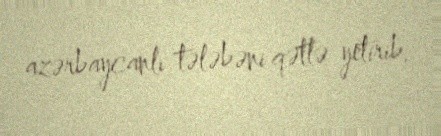
azərbaycanlı tələbəni qətlə yetirib.